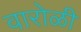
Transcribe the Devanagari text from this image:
वारोळी